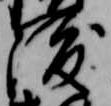
渡